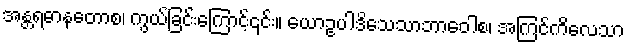
အန္တရဓာနတောစ၊ ကွယ်ခြင်းကြောင့်၎င်း။ ယောဥပါဒိသေသာဘာဝေါစ၊ အကြင်ကိလေသာ